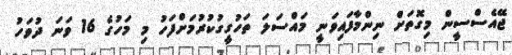
ޖޭއެސްސީން މިގޮތަށް ނިންމާފައިވަނީ މައްސަލަ ތަހުގީގުކުރުމަށްފަހު މި މަހުގެ 16 ވަނަ ދުވަހު